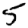
Digit: 5